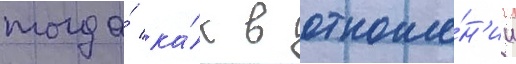
тогда́ ка́к в отноше́н'ии